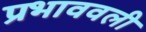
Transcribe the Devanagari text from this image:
प्रभाववली